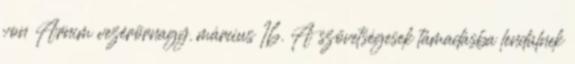
von Arnim vezérõrnagy. március 16. A szövetségesek támadásba lendülnek